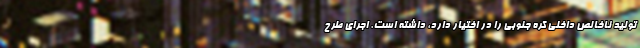
تولید ناخالص داخلی کره جنوبی را در اختیار دارد، داشته است. اجرای طرح